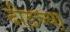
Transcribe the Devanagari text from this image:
दीडच्या